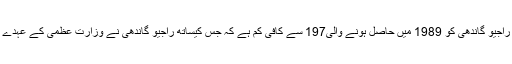
مذکورہ نشستوں کی امکانی تعداد راجیو گاندھی کو 1989 میں حاصل ہونے والی197 سے کافی کم ہے کہ جس کیساتھ راجیو گاندھی نے وزارت عظمی کے عہدے کا موقع اپنے ہاتھ سے جانے دیا۔